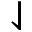
\downharpoonleft